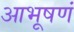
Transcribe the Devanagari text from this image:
आभूषणं